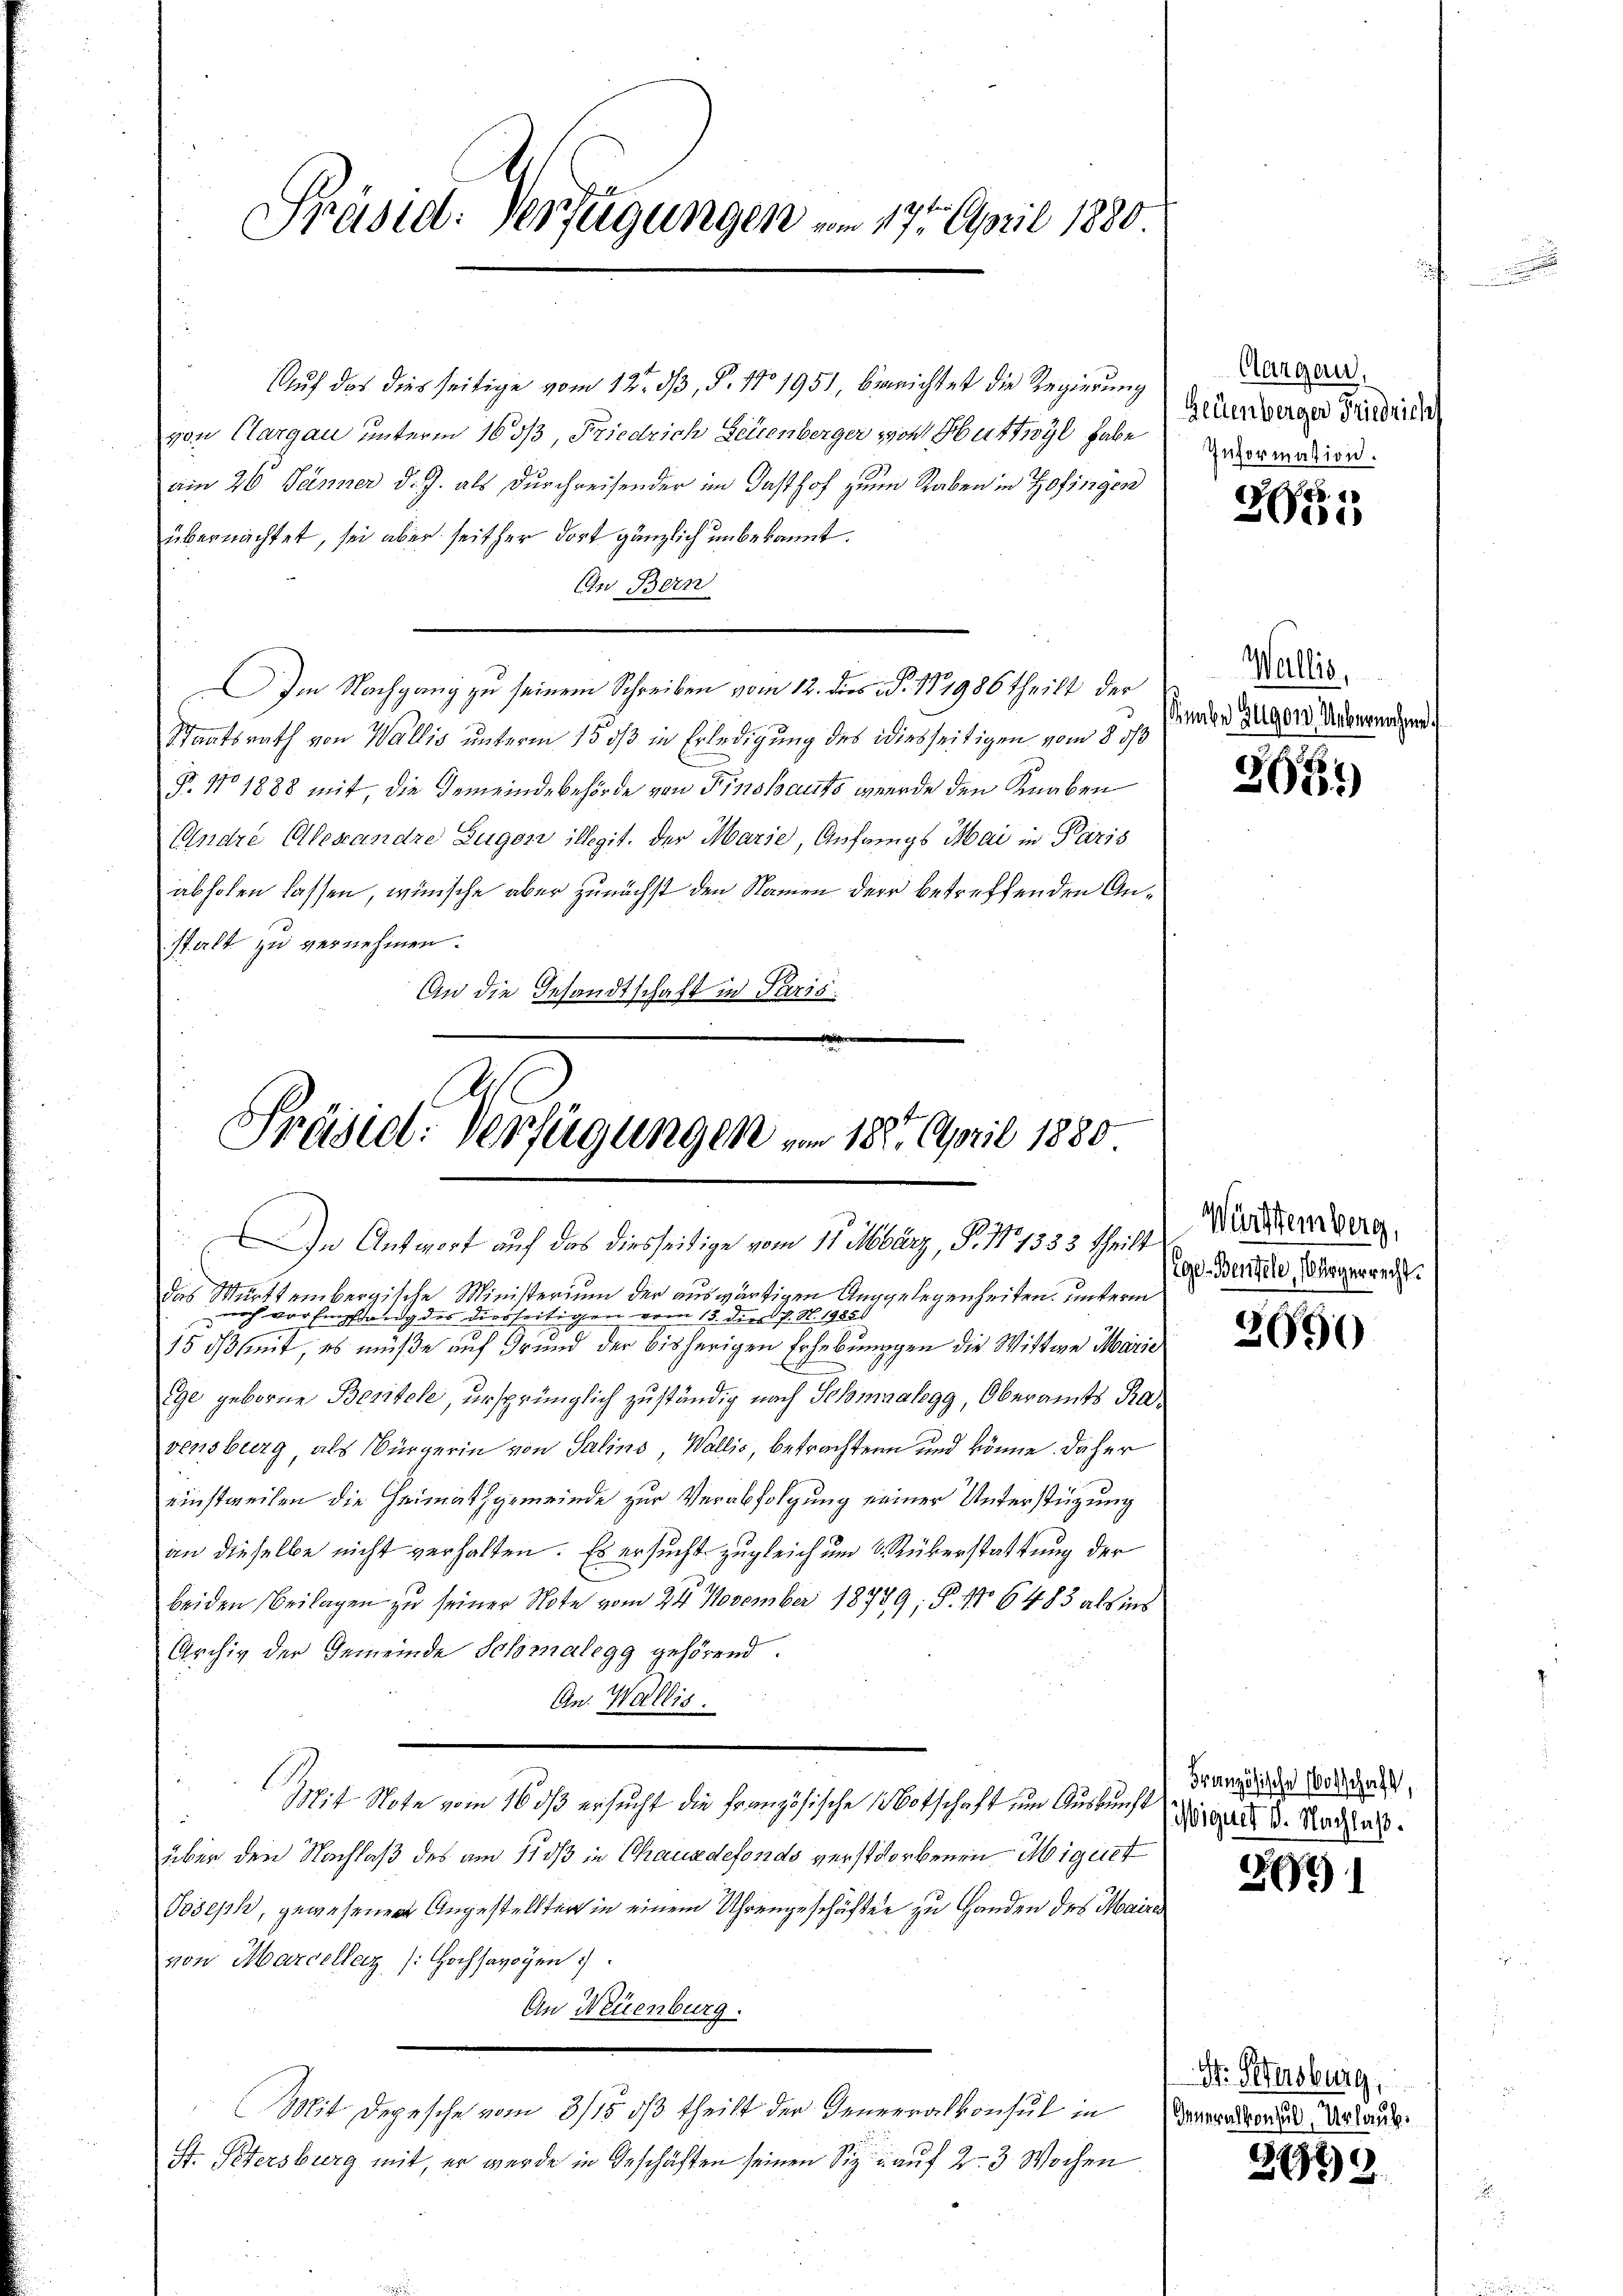
Präsid: Verfügungen vom 17ten April 1880

Auf das dies seitige vom 12. dβ, P. 11. 1951, berichtet die Regierung
von Clargau unterm 1603, Friedrich Seienberger von Huttwyl habe
am 26. Jänner d. J. als durchreisender im Gasthof zum Raben in Zofingen
übernachtet, sei aber seither dort gänzlich unbekannt.
An Bern
Im Nachgang zu seinem Schreiben vom 12. des P. Nr. 1986 theilt der
Staatsrath von Wallis unterm 15. ds in Erledigung des diesseitigen vom 8 1/3
P. No 1888 mit, die Gemeindebehörde von Finstauts werde den Knaben
Andre Alexandre Zuger illegit. der Marie, Anfangs Mai in Paris
abholen lassen, wünsche aber zunächst den Namen der betreffenden Anstalt zu vernehmen.
An die Gesandtschaft in Paris.

Präsiel. Verfügungen vom 18. April 1880
7
In Antwort auf das diesseitige vom 11. März, P. N. 1333 theilt

das Württembergische Ministerium der auswärtigen Auggelegenheiten, unterm
noch vor Empfang des diesseitigen vom 15. dies J. N. 19859
15 ist, es müße auf Grund der bisherigen Erhebunggen die Wittwe Marie
Ege geborne Besitele, ursprünglich zuständig nach Schmaalegg, Oberamts Ravensburg, als Bürgerin von Salins, Wallis, betrachten und könne daher
einstweilen die Heimathgemeinde zur Verabfolgung einer Unterstüzung
an dieselbe nicht verhalten. Es ersucht zugleich um 6. Rüberstattung der
beiden Beilagen zŭ seiner Note vom 24. November 18789; P. No 6483 als ins
Archiv der Gemeinde Schmalegg gehörend.
An. Wallis.
Mit Note vom 16. dβ ersucht die Französische Notschaft um Auskunft
über den Nachlaß des am 11 dß in Chausdefonds verstorbenen Miguet
Joseph, gewesenen Angestellten in einem Uhrengeschäften zu Handen des Maire
von Marceller (: Hochsavoyen
An Neuenburg.
Mit Depesche vom 3/15. dß theilt der Generalkonsul in Verwanderaus Verlang¬
St. Petersburg mit, er wurde in Geschäften seinen Size auf 2. 3 Wochen

Aargau,
Heuenbergen Friedrich
Information.

8
.
30er

Wallis,
inabe zugen Uebernahm

2681)

Württemberg,
ge-Bentele, ergerrecht.

2690

Französische Vorschaft,
Wiguet 8. Nachlaß.

2091

St. Petersburg,

2129